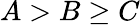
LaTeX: A>B\ge C